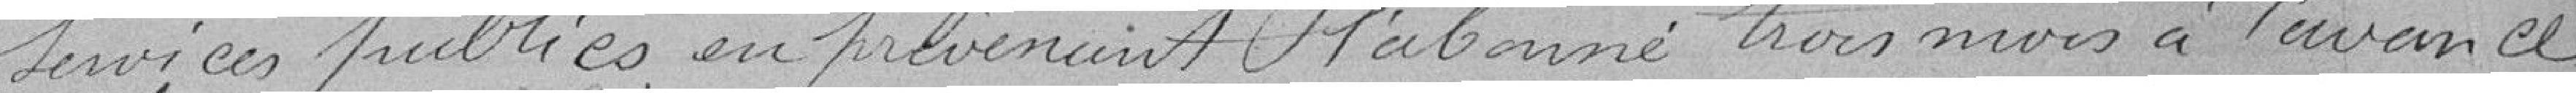
services publics en prévenant l'abonné trois mois à l'avance.